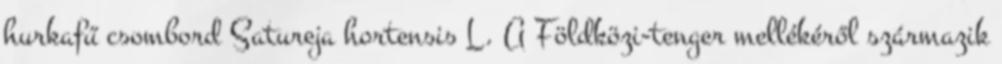
hurkafű csombord Satureja hortensis L. A Földközi-tenger mellékéről származik